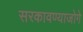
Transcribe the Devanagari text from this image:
सरकावण्याजोगे